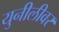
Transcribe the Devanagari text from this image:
युनीलीवर